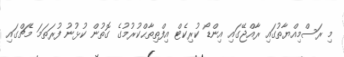
މި ރަސްމިއްޔާތުގައި ރާއްޖޭގައި އިންޑޯ ކުރިކެޓް އިފްތިތާޙްކުރުމުގެ ގޮތުން ކުޅުނު ފުރަތަމަ މެޗްގައި